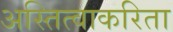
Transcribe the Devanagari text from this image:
अस्तित्वाकरिता